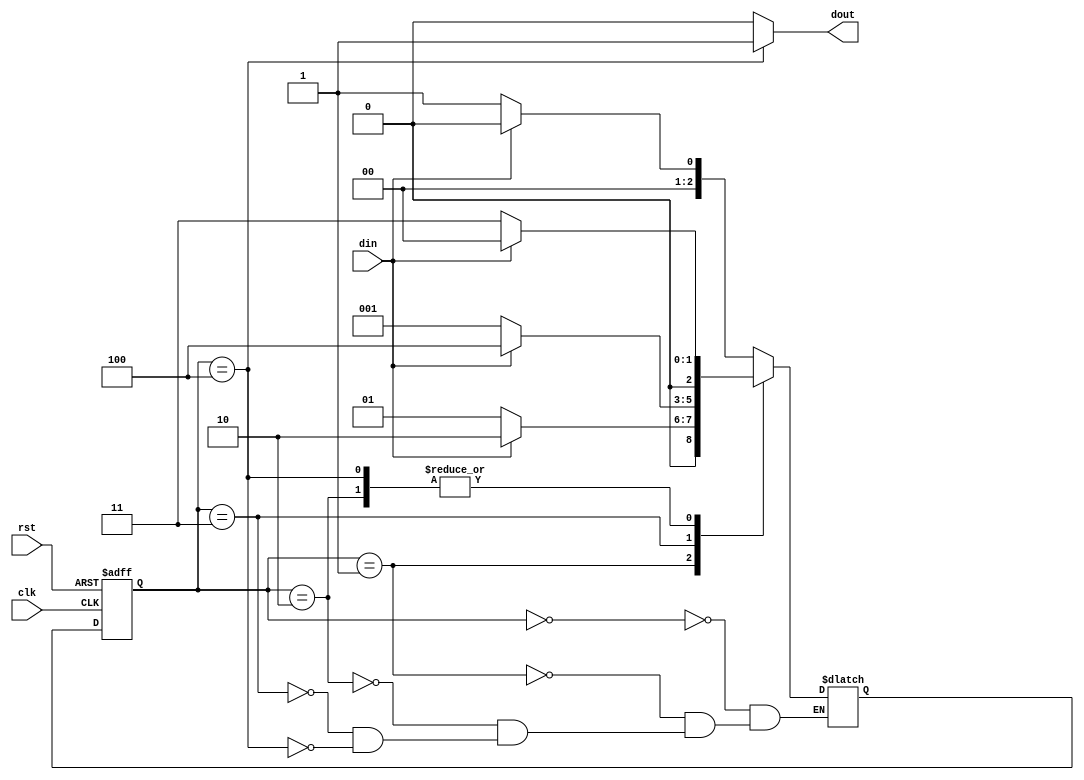
module fsm2(din,dout,rst,clk);
    input rst,clk,din;
	output dout;
	parameter idle=3'b000,s0=3'b001,s01=3'b010,s010=3'b011,s0101=3'b100;
	reg [2:0]cst,nst;
	always @(posedge clk , posedge rst)
	  begin
	    if(rst==1)
		  cst<=idle;
		else
		  cst<=nst;
	  end
	always @(cst,din)
	  begin
	    case(cst)
		  idle: 
		   if(din==0)
			nst<=s0;
		   else
		    nst<=idle;
       	  s0:
		   if(din==0)
            nst<=s0;
           else
            nst<=s01;
		  s01:
           if(din==0)
            nst<=s010;
		   else
		    nst<=idle;
		  s010:
		   if(din==0)
		    nst<=s0;
		   else
		    nst<=s0101;
		  s0101:
		   if(din==0)
		    nst<=s010;
		   else
		    nst<=idle;
		endcase
	   end
	assign dout=(cst==s0101)?1:0;
endmodule